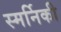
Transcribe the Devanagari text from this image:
स्मर्निकी